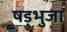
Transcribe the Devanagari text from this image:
षड्भुजा